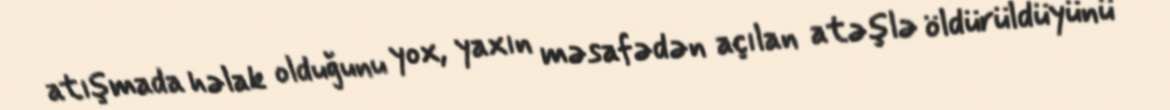
atışmada həlak olduğunu yox, yaxın məsafədən açılan atəşlə öldürüldüyünü